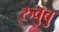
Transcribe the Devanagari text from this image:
रुवुबु